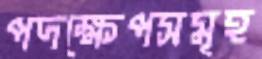
পদক্ষেপসমূহ